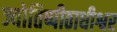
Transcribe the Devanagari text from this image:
ज्योतिष्पीठाधीश्वर